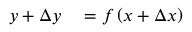
\begin{array} { r l } { y + \Delta y } & { { } = f \left( x + \Delta x \right) } \end{array}